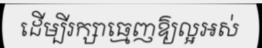
ដើម្បីរក្សាធ្មេញឱ្យល្អអស់